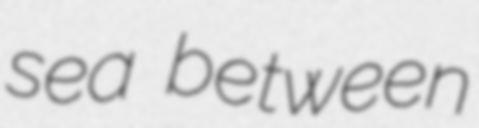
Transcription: sea between